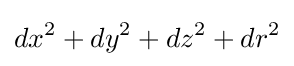
dx^{2}+dy^{2}+dz^{2}+dr^{2}